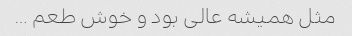
مثل همیشه عالی بود و خوش طعم …